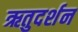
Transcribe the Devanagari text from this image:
ऋतुदर्शन